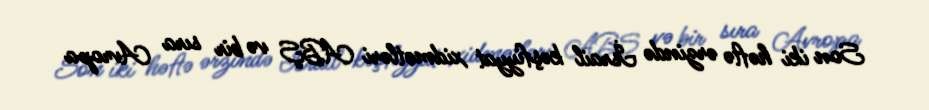
Son iki həftə ərzində İsrail kəşfiyyat xidmətləri ABŞ və bir sıra Avropa